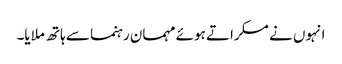
انہوں نے مسکراتے ہوئے مہمان رہنما سے ہاتھ ملایا۔